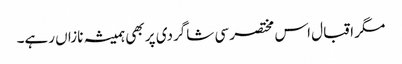
مگر اقبال اس مختصر سی شاگردی پر بھی ہمیشہ نازاں رہے۔